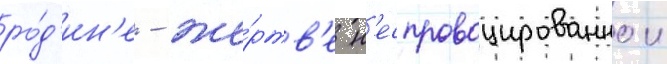
ро́д'ин'е - же́ртв'е н'еспровоцированнои